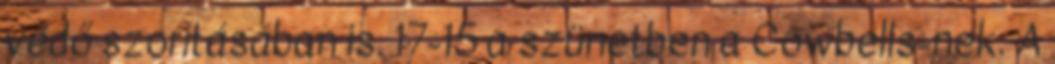
védő szorításában is. 17-15 a szünetben a Cowbells-nek. A